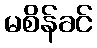
မစိန်ခင်